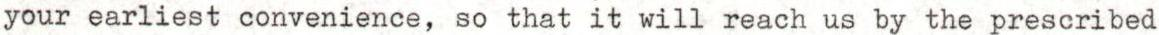
your earliest convenience, so that it will reach us by the prescribed